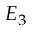
E _ { 3 }